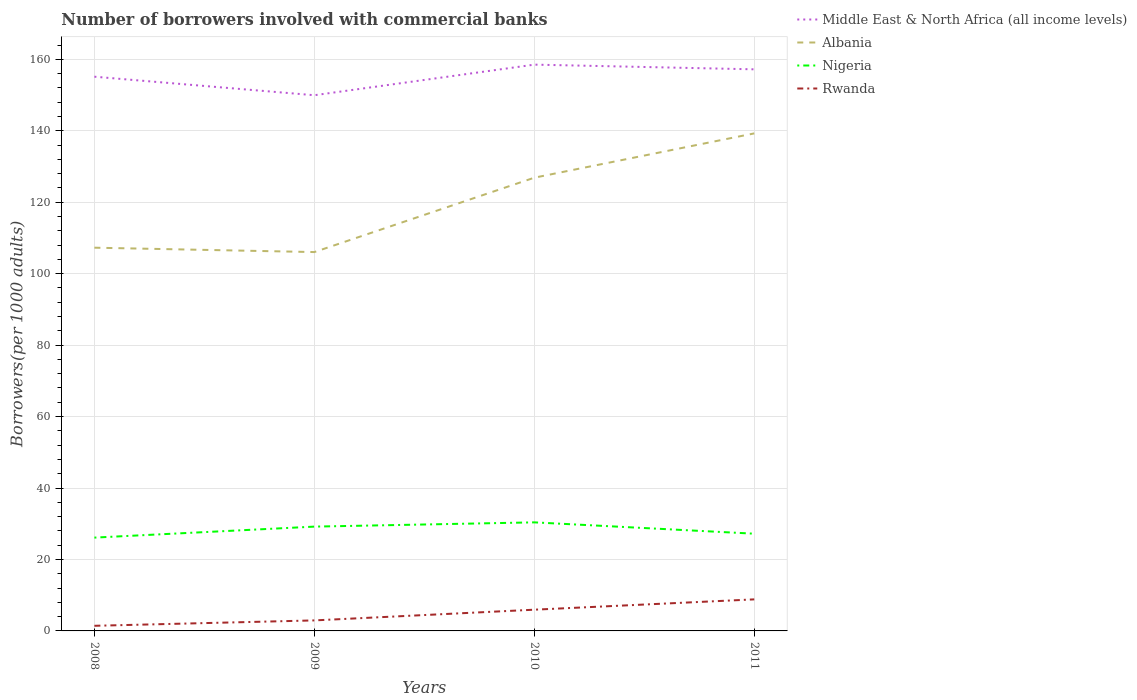
| Years | Middle East & North Africa (all income levels) | Albania | Nigeria | Rwanda |
 | --- | --- | --- | --- | --- |
 | 2008 | 155 | 107 | 26.1 | 1.44 |
 | 2009 | 150 | 106 | 29.2 | 2.94 |
 | 2010 | 159 | 127 | 30.4 | 5.94 |
 | 2011 | 157 | 139 | 27.2 | 8.83 |